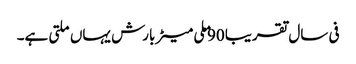
فی سال تقریبا 90 ملی میٹر بارش یہاں ملتی ہے۔